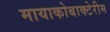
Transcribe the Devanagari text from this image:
मायाकोबाक्टेरीम